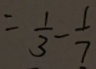
= \frac { 1 } { 3 } - \frac { 1 } { 7 }